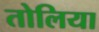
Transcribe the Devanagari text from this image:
तोलिया